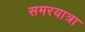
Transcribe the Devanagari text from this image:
समरयात्रा